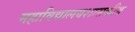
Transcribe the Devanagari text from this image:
महाविद्यालयशासकीय